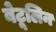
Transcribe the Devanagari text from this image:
बेटूलिन